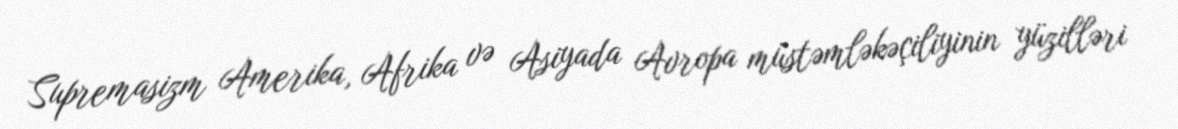
Supremasizm Amerika, Afrika və Asiyada Avropa müstəmləkəçiliyinin yüzilləri